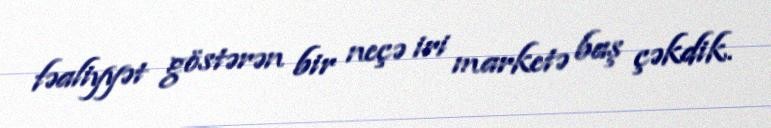
fəaliyyət göstərən bir neçə iri marketə baş çəkdik.